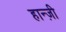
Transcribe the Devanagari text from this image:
हान्ज़ी